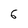
Character: 6